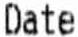
DATE